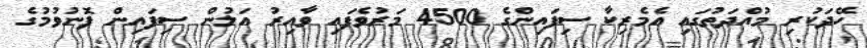
ހޭދަކުރި މުއްދަތުގައި އެމެރިކާ ސިފައިންގެ 4500 މަރުވެފައި ވާއިރު އަލުން ސިފައިން ފޮނުވުމުގެ